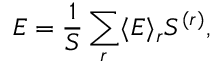
E = \frac { 1 } { S } \sum _ { r } \langle E \rangle _ { r } S ^ { ( r ) } ,